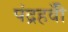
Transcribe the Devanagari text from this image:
पंद्रहवीँ